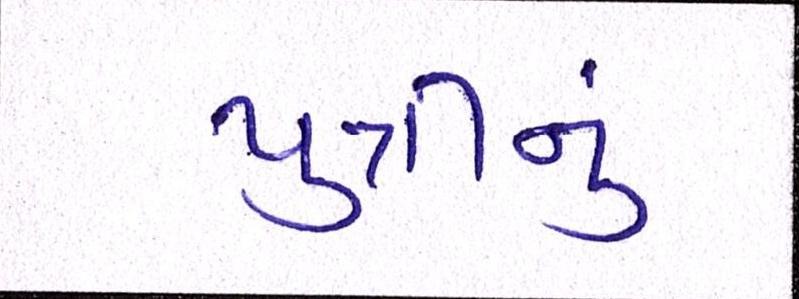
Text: પુત્રીનું